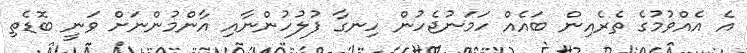
އެ އެއްވުމުގެ ތެރެއިން ބައެއް ހަމަނުޖެހުން ހިނގާ ފުލުހުންނާއި އާންމުންނަށް ވަނީ ބޮޑެތި